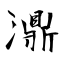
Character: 濎